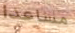
مساعدا